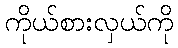
ကိုယ်စားလှယ်ကို